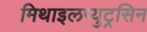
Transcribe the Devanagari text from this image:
मिथाइलप्युट्रसिन